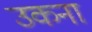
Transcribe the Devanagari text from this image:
उकना